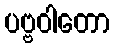
ပဗ္ဗဝါတော